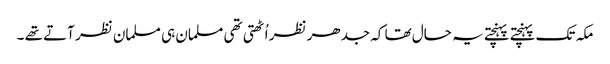
مکہ تک پہنچتے پہنچتے یہ حال تھا کہ جدھر نظر اُٹھتی تھی مسلمان ہی مسلمان نظر آتے تھے ۔